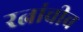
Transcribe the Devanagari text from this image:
रत्नांचीच